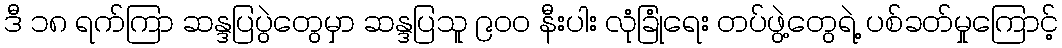
ဒီ ၁၈ ရက်ကြာ ဆန္ဒပြပွဲတွေမှာ ဆန္ဒပြသူ ၉၀၀ နီးပါး လုံခြုံရေး တပ်ဖွဲ့တွေရဲ့ ပစ်ခတ်မှုကြောင့်